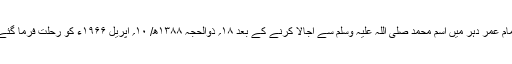
تمام عمر دہر میں اسم محمد صلی اللہ علیہ وسلم سے اجالا کرنے کے بعد ۱۸؍ ذوالحجہ ۱۳۸۸ھ/ ۱۰؍ اپریل ۱۹۶۶ء کو رحلت فرما گئے۔